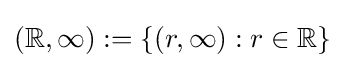
(\mathbb {R} ,\infty ):=\{(r,\infty ):r\in \mathbb {R} \}